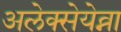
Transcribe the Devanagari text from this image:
अलेक्सेयेव्ना